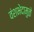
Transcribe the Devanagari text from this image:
वंशभेदामुळे